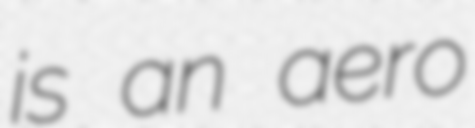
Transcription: is an aero